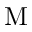
\mathrm { M }